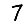
Digit: 7